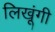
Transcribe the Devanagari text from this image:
लिखूंगी